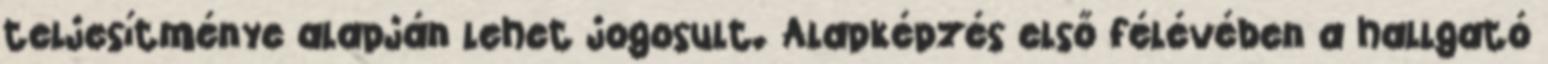
teljesítménye alapján lehet jogosult. Alapképzés első félévében a hallgató